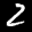
Label: 2